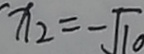
x _ { 2 } = - \sqrt { 1 0 }